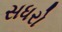
સધરો